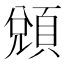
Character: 䫄